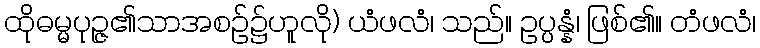
ထိုဓမ္မပုဉ္ဇ၏သာအစဉ်၌ဟူလို) ယံဖလံ၊ သည်။ ဥပ္ပန္နံ၊ ဖြစ်၏။ တံဖလံ၊